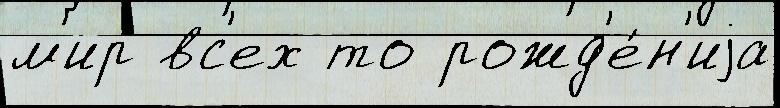
м'ир вс'ех то рожд'е́н'иjа